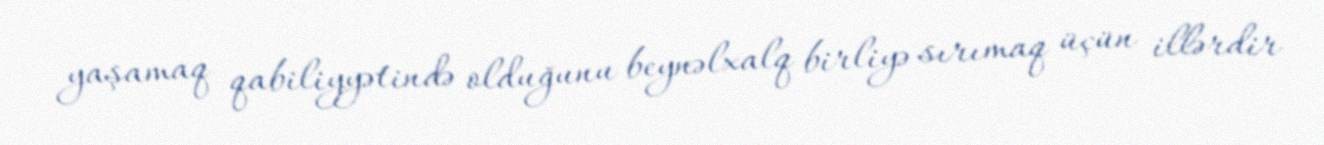
yaşamaq qabiliyyətində olduğunu beynəlxalq birliyə sırımaq üçün illərdir